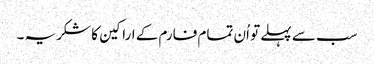
سب سے پہلے تو اُن تمام فارم کے اراکین کا شکریہ ۔